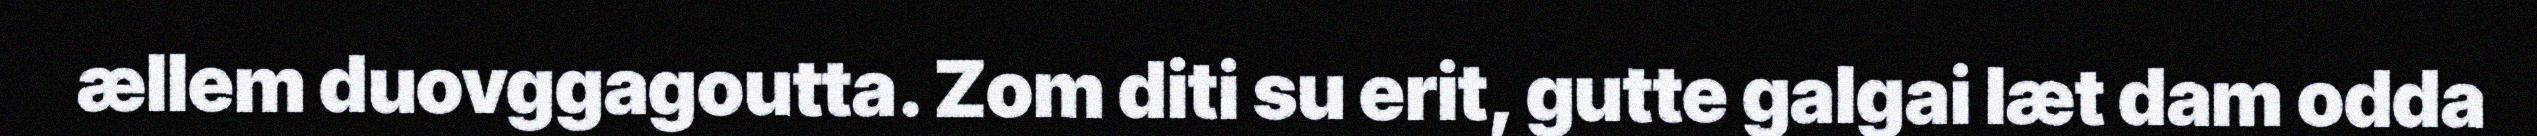
ællem duovggagoutta. Zom diti su erit, gutte galgai læt dam odda